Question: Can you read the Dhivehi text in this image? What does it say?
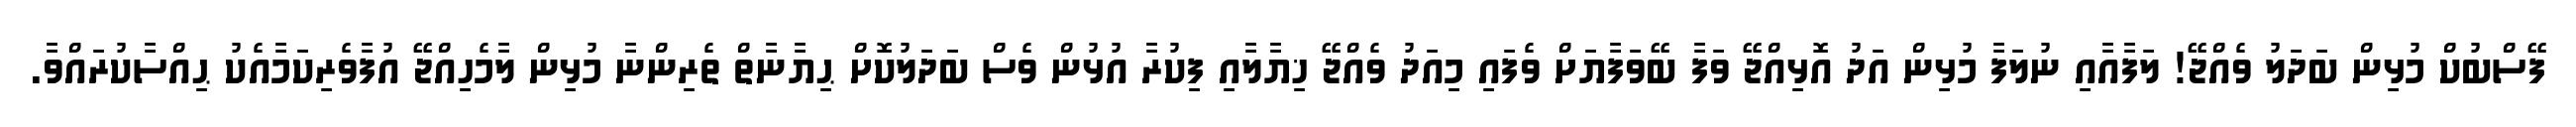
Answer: ފޭސްބުކް މުޅިން ބަދަލު ވެއްޖޭ! ލަފާއާއި ނުލަފާ މުޅިން އަދު އޮޅިއްޖޭ ވަފާ ބޭވަފާޔަށް ވެފައި މިއަދު ވެއްޖޭ ޚިޔާލާއި ފިކުރާ އުޅުން ވެސް ބަދަލުކޮށް ޙިޔާނާތް ތެރިންނާ މުޅިން ލާމެހިއްޖޭ އުފާވެރިކަމާއެކު ޙިއްސާކުރައްވާ.